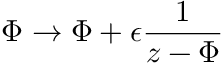
\nonumber \Phi \rightarrow \Phi + \epsilon { \frac { 1 } { z - \Phi } }